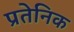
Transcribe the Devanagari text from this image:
प्रतेनिक